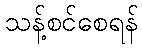
သန့်စင်စေရန်